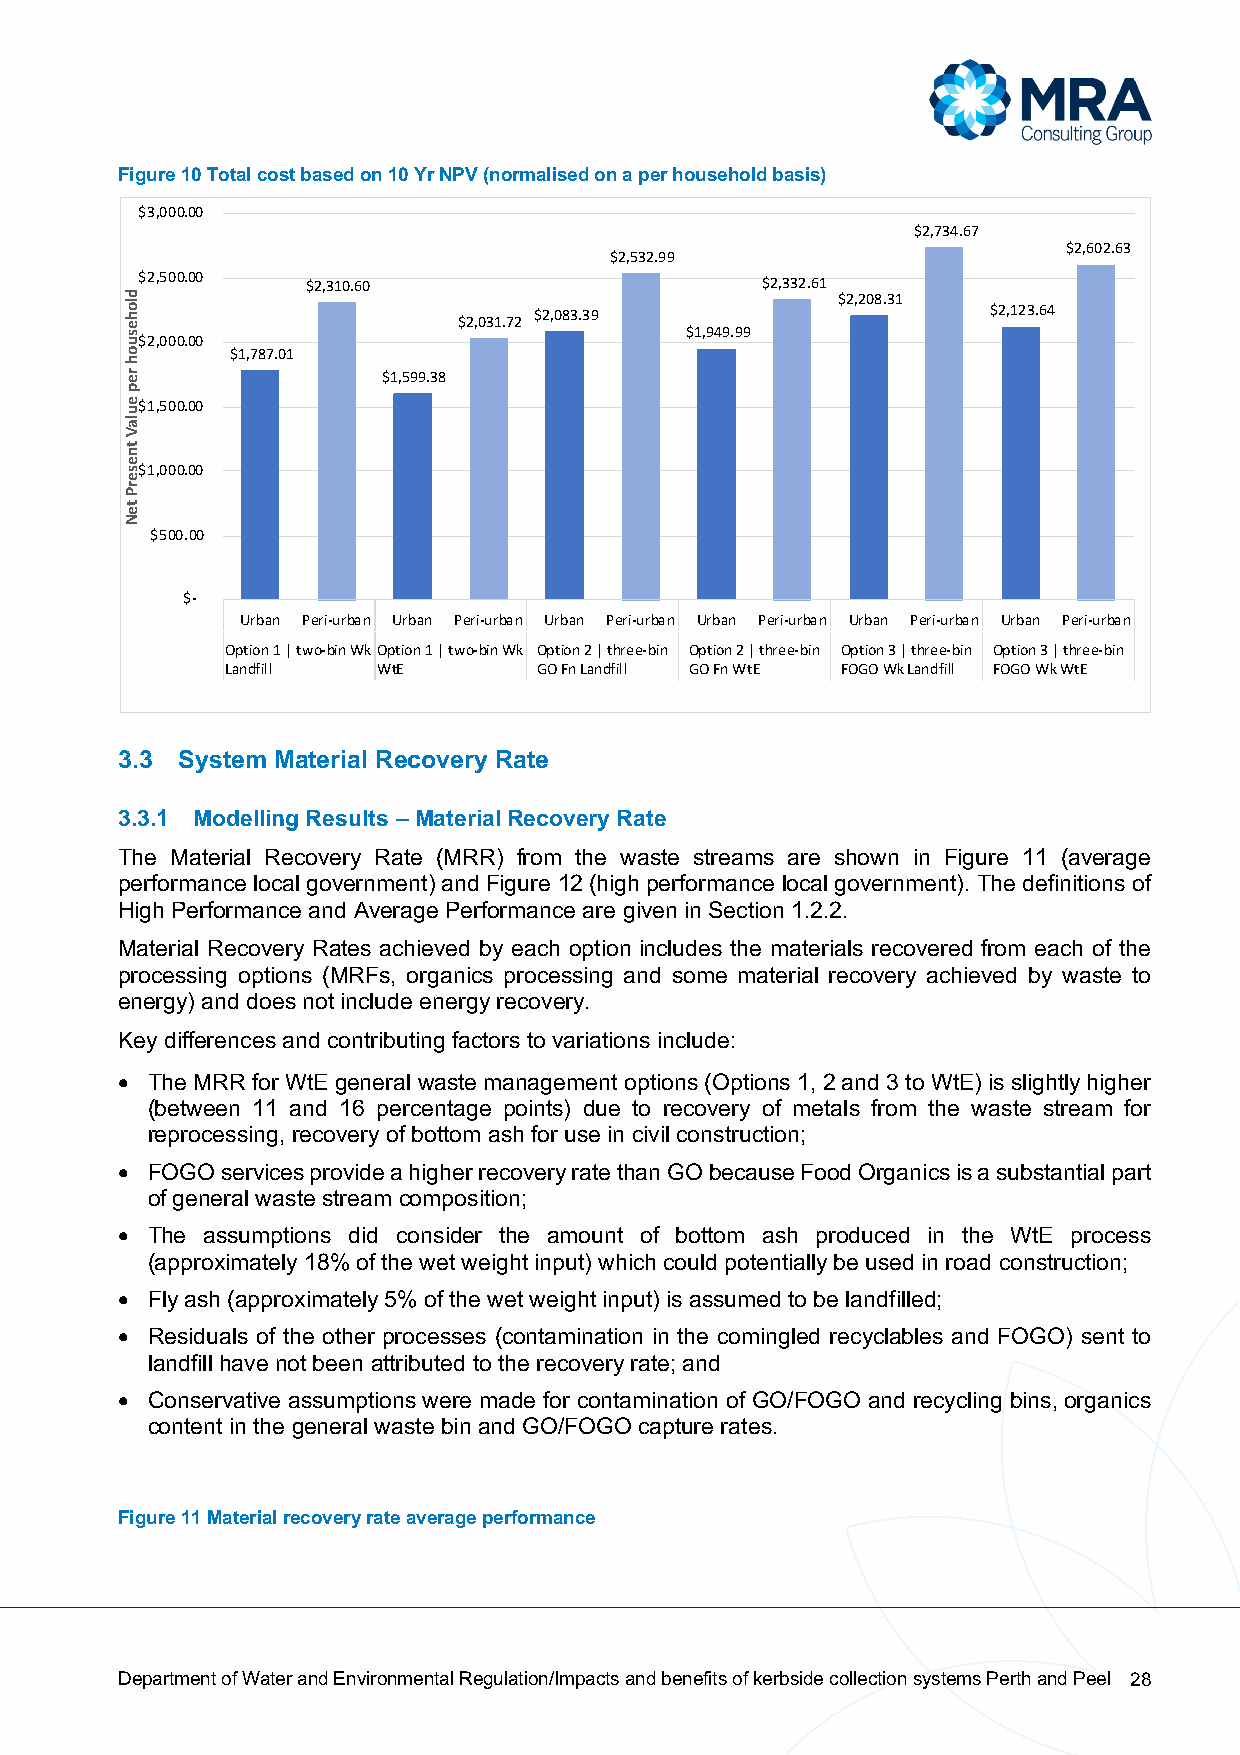
Figure 10 Total cost based on 10 Yr NPV (normalised on a per household basis)
 $3,000.00
 $2,734.67
 $2,602.63
 $2,532.99
 $2,500.00  $2,310.60                     $2,332.61
 $2,208.31
 $2,083.39                      $2,123.64
 $2,031.72
 $1,949.99
 $2,000.00
 $1,787.01
 $1,599.38
 $1,500.00
 $1,000.00
 $500.00
 $-
 Urban Peri-urban Urban Peri-urban Urban Peri-urban Urban Peri-urban Urban Peri-urban Urban Peri-urban
 Option 1 | two-bin WkOption 1 | two-bin Wk Option 2 | three-bin Option 2 | three-bin Option 3 | three-bin Option 3 | three-bin
 Landfill  WtE        GO Fn Landfill GO Fn WtE FOGO Wk Landfill FOGO Wk WtE
 3.3 System Material Recovery Rate
 3.3.1 Modelling Results – Material Recovery Rate
 The Material Recovery Rate (MRR) from the waste streams are shown in Figure 11 (average
 performance local government) and Figure 12 (high performance local government). The definitions of
 High Performance and Average Performance are given in Section 1.2.2.
 Material Recovery Rates achieved by each option includes the materials recovered from each of the
 processing options (MRFs, organics processing and some material recovery achieved by waste to
 energy) and does not include energy recovery.
 Key differences and contributing factors to variations include:
 • The MRR for WtE general waste management options (Options 1, 2 and 3 to WtE) is slightly higher
 (between 11 and 16 percentage points) due to recovery of metals from the waste stream for
 reprocessing, recovery of bottom ash for use in civil construction;
 • FOGO services provide a higher recovery rate than GO because Food Organics is a substantial part
 of general waste stream composition;
 • The assumptions did consider the amount of bottom ash produced in the WtE process
 (approximately 18% of the wet weight input) which could potentially be used in road construction;
 • Fly ash (approximately 5% of the wet weight input) is assumed to be landfilled;
 • Residuals of the other processes (contamination in the comingled recyclables and FOGO) sent to
 landfill have not been attributed to the recovery rate; and
 • Conservative assumptions were made for contamination of GO/FOGO and recycling bins, organics
 content in the general waste bin and GO/FOGO capture rates.
 Figure 11 Material recovery rate average performance
 Department of Water and Environmental Regulation/Impacts and benefits of kerbside collection systems Perth and Peel 28
 dlohesuoh
 rep
 eulaV
 tneserP
 teN